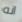
انه